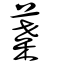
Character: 葉